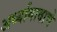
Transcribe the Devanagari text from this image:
अर्ध्यागावाचे